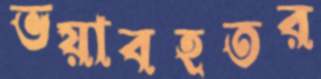
ভয়াবহতর